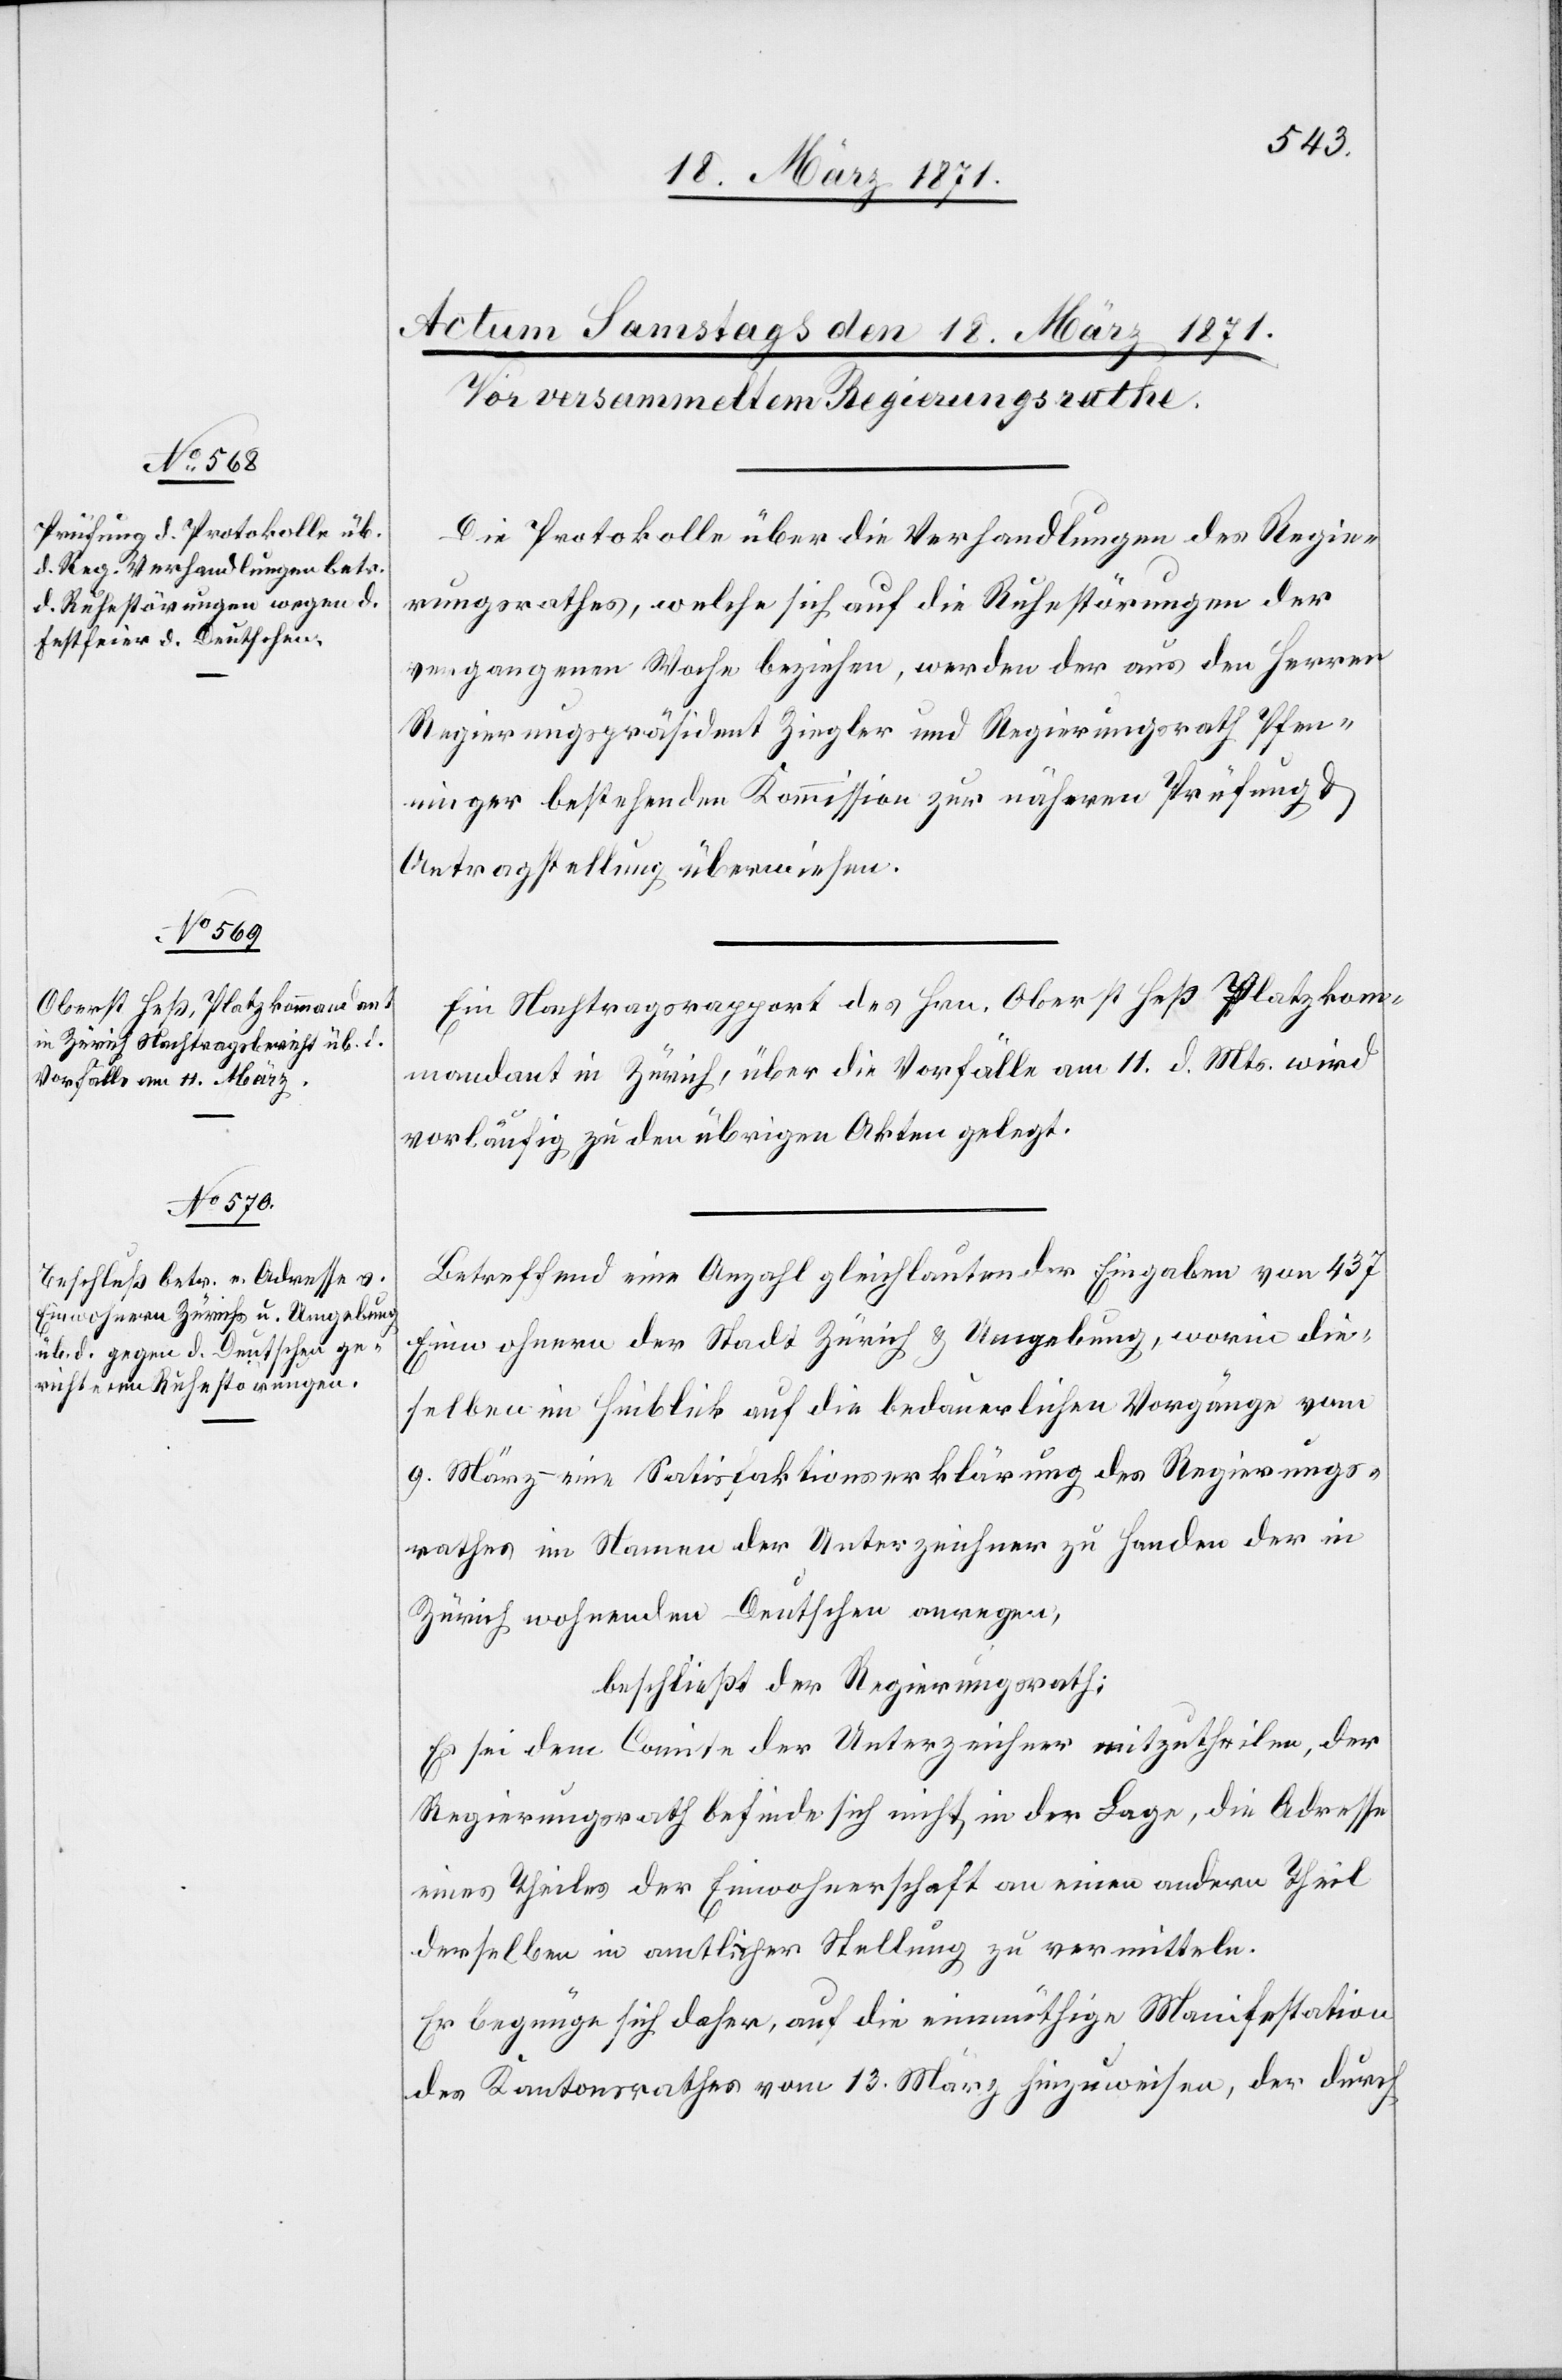
Die Protokolle über die Verhandlungen des Regie¬
rungsrathes, welche sich auf die Ruhestörungen der
vergangenen Woche beziehen, werden der aus den Herren
Regierungspräsident Ziegler und Regierungsrath Pfen¬
ninger bestehenden Kommission zur näheren Prüfung u.
Antragstellung überwiesen.
Ein Nachtragsrapport des Hrn. Oberst Heß Platzkom¬
mandant in Zürich, über die Vorfälle am 11. d. Mts. wird
vorläufig zu den übrigen Akten gelegt.
Betreffend eine Anzahl gleichlautender Eingaben von 437
Einwohnern der Stadt Zürich u. Umgebung, worin die¬
selben im Hinblick auf die bedauerlichen Vorgänge vom
9. März – eine Satisfaktionserklärung des Regierungs¬
rathes im Namen der Unterzeichner zu Handen der in
Zürich wohnenden Deutschen anregen,
beschließt der Regierungsrath:
Es sei dem Comite der Unterzeichner mitzutheilen, der
Regierungsrath befinde sich nicht in der Lage, die Adresse
eines Theiles der Einwohnerschaft an einen andern Theil
derselben in amtlicher Stellung zu vermitteln.
Er begnüge sich daher, auf die einmüthige Manifestation
des Kantonsrathes vom 13. März hinzuweisen, der durch